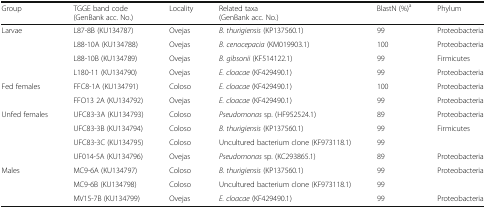
<table><thead><tr><td><b>Group</b></td><td><b>TGGE band code(GenBank acc. No.)</b></td><td><b>Locality</b></td><td><b>Related taxa(GenBank acc. No.)</b></td><td><b>BlastN (%)<sup>a</sup></b></td><td><b>Phylum</b></td></tr></thead><tbody><tr><td rowspan="4">Larvae</td><td>L87-8B (KU134787)</td><td>Ovejas</td><td><i>B. thurigiensis</i> (KP137560.1)</td><td>99</td><td>Proteobacteria</td></tr><tr><td>L88-10A (KU134788)</td><td>Ovejas</td><td><i>B. cenocepacia</i> (KM019903.1)</td><td>100</td><td>Proteobacteria</td></tr><tr><td>L88-10B (KU134789)</td><td>Ovejas</td><td><i>B. gibsonii</i> (KF514122.1)</td><td>99</td><td>Firmicutes</td></tr><tr><td>L180-11 (KU134790)</td><td>Ovejas</td><td><i>E. cloacae</i> (KF429490.1)</td><td>99</td><td>Proteobacteria</td></tr><tr><td rowspan="2">Fed females</td><td>FFC8-1A (KU134791)</td><td>Coloso</td><td><i>E. cloacae</i> (KF429490.1)</td><td>100</td><td>Proteobacteria</td></tr><tr><td>FFO13 2A (KU134792)</td><td>Ovejas</td><td><i>E. cloacae</i> (KF429490.1)</td><td>99</td><td>Proteobacteria</td></tr><tr><td rowspan="4">Unfed females</td><td>UFC83-3A (KU134793)</td><td>Coloso</td><td><i>Pseudomonas</i> sp. (HF952524.1)</td><td>89</td><td>Proteobacteria</td></tr><tr><td>UFC83-3B (KU134794)</td><td>Coloso</td><td><i>B. thurigiensis</i> (KP137560.1)</td><td>99</td><td>Firmicutes</td></tr><tr><td>UFC83-3C (KU134795)</td><td>Coloso</td><td>Uncultured bacterium clone (KF973118.1)</td><td>99</td><td></td></tr><tr><td>UF014-5A (KU134796)</td><td>Ovejas</td><td><i>Pseudomonas</i> sp. (KC293865.1)</td><td>89</td><td>Proteobacteria</td></tr><tr><td rowspan="3">Males</td><td>MC9-6A (KU134797)</td><td>Coloso</td><td><i>B. thurigiensis</i> (KP137560.1)</td><td>99</td><td>Proteobacteria</td></tr><tr><td>MC9-6B (KU134798)</td><td>Coloso</td><td>Uncultured bacterium clone (KF973118.1)</td><td>99</td><td></td></tr><tr><td>MV15-7B (KU134799)</td><td>Ovejas</td><td><i>E. cloacae</i> (KF429490.1)</td><td>99</td><td>Proteobacteria</td></tr></tbody></table>